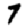
Digit: 7